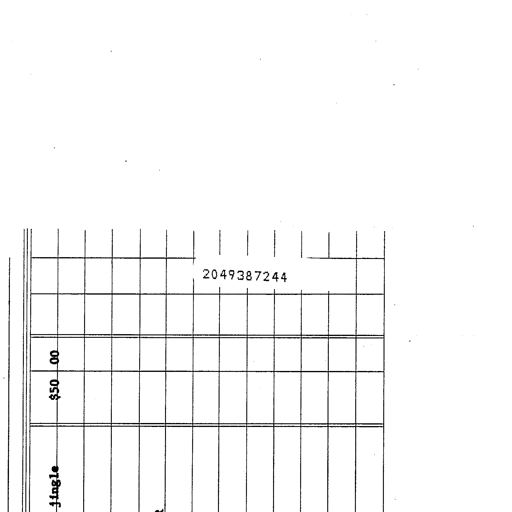
2049387244
$50 00
jingle